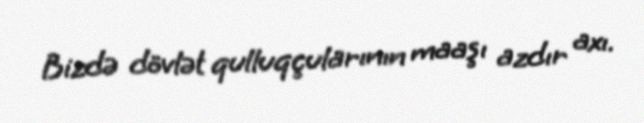
Bizdə dövlət qulluqçularının maaşı azdır axı.